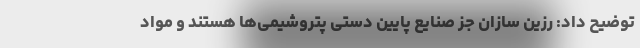
توضیح داد: رزین سازان جز صنایع پایین دستی پتروشیمی‌ها هستند و مواد